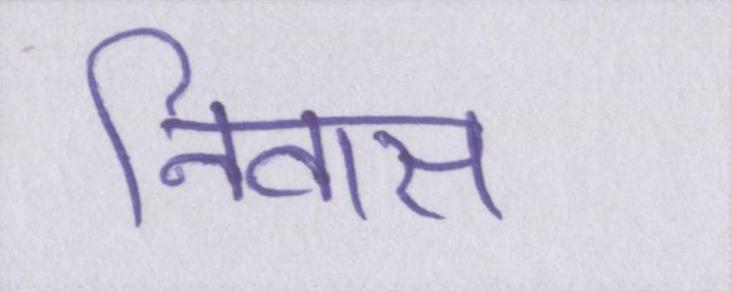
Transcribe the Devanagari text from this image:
निवास